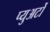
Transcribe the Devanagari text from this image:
प्युअर्टो